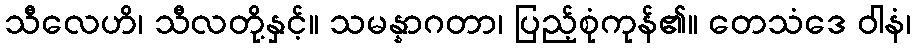
သီလေဟိ၊ သီလတို့နှင့်။ သမန္နာဂတာ၊ ပြည့်စုံကုန်၏။ တေသံဒေ ဝါနံ၊